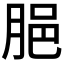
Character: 𦛞